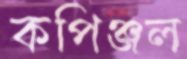
কপিঞ্জল